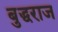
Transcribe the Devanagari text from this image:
बुद्धराज